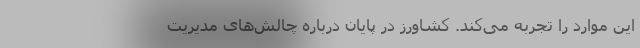
این موارد را تجربه می‌کند. کشاورز در پایان درباره چالش‌های مدیریت